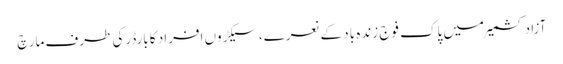
آزاد کشمیرمیں پاک فوج زندہ باد کے نعرے، سیکڑوں افراد کا بارڈرکی طرف مارچ